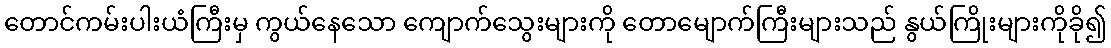
တောင်ကမ်းပါးယံကြီးမှ ကွယ်နေသော ကျောက်သွေးများကို တောမျောက်ကြီးများသည် နွယ်ကြိုးများကိုခို၍